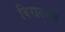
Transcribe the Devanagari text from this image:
विराटरूप